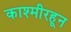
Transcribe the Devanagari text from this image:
काश्मीरहून